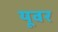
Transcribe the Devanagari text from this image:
यूवर